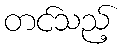
တင်သည့်